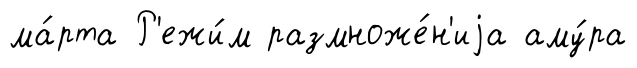
ма́рта Р'ежи́м размноже́н'иjа аму́ра